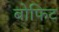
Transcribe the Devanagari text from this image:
बोफिट